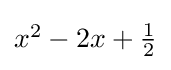
{\textstyle x^{2}-2x+{\frac {1}{2}}}